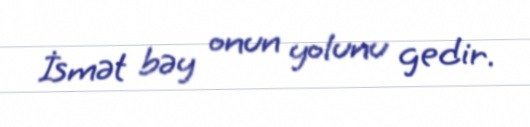
İsmət bəy onun yolunu gedir.